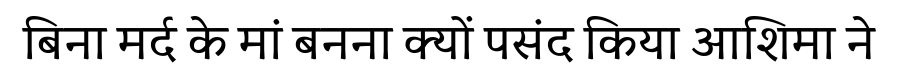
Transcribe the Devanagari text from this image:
बिना मर्द के मां बनना क्यों पसंद किया आशिमा ने